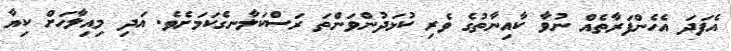
އެފަދަ އެހެންފަރާތެއް ނުވާ ކާއިނާތުގެ ވެރި ކުޅަދުންވަންތަ ރަސްކަލާނގެކަމަށެވެ. އަދި މިއިލާހަށް ކިޔާ